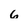
Character: 6